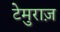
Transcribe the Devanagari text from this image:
टेमुराज़